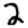
Digit: 2